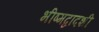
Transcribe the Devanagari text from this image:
भीष्मद्वादशी